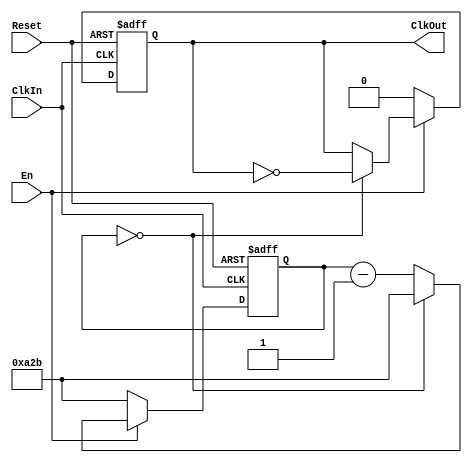
/*
    2017-12-15
    Jeremy Maxey-Vesperman
    Zach Butler
    CE-412 Digital Systems II
    Professor Girma Tewolde, Ph.D.
    Final Project - SHA256 Hasher w/ UART I/O Implemented on an FPGA
    clock_50MHz_to_9600_baud.v
    Purpose: Generates clock signal for UART Tx/Rx
    Input: Clk - System Clock input; Reset - Asynchronous Reset; En - Enable/Disable output
	 Output: ClkOut - Appropriately scaled clock signal
*/

module clock_50MHz_to_9600_baud (ClkIn, Reset, En, ClkOut);
	parameter MAX_CNT = 12'd2603; // 9600 baud // Set to 12'd1 for simulation purposes
	
	// I/O
	input ClkIn, Reset, En;
	output reg ClkOut = 1'b0;
	
	// Count down from 2604 for toggle (~ 2x baud rate)
	reg [11:0] counter = MAX_CNT;
	
	always @(posedge ClkIn, negedge Reset)
		begin
			if (!Reset)
				begin
					counter <= MAX_CNT; // reset counter
					ClkOut <= 1'b0; // reset output
				end
			else
				begin
					if (!En)
						begin
							counter <= MAX_CNT; // reset counter
							ClkOut <= 1'b0; // reset output
						end
					// If counter has reached zero... time to toggle and reset counter
					else if (counter == 0)
						begin
							counter <= MAX_CNT;
							ClkOut <= ~ClkOut;
						end
					// Otherwise... decrement counter
					else
						begin
							counter <= counter - 12'd1;
						end
				end
		end
endmodule 
//  2017 Maxey-Vesperman, Butler